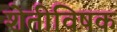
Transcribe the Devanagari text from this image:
शेतीविषक